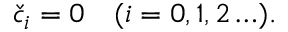
\begin{array} { r } { \check { c } _ { i } = 0 \quad ( i = 0 , 1 , 2 \ldots ) . } \end{array}